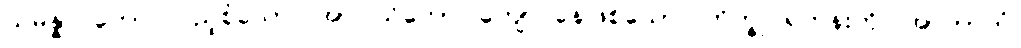
သမန္နာဂတော၊ ပြည့်စုံသော။ အာဝါသိကော၊ ကျောင်နေဖြစ်သော။ ဘိက္ခု၊ ရဟန်းကို။ အာဘာတံ၊